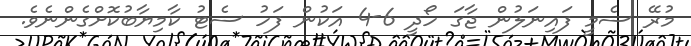
މުރޭ ސެމީ ފައިނަލުން ޖާގަ ހޯދީ 6-4 އަކުން ފަހު ސެޓު ކާމިޔާބުކޮށްގެންނެވެ.